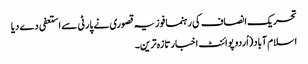
تحریک انصاف کی رہنما فوزیہ قصوری نے پارٹی سے استعفی دے دیا
اسلام آباد(اُردو پوائنٹ اخبارتازہ ترین۔